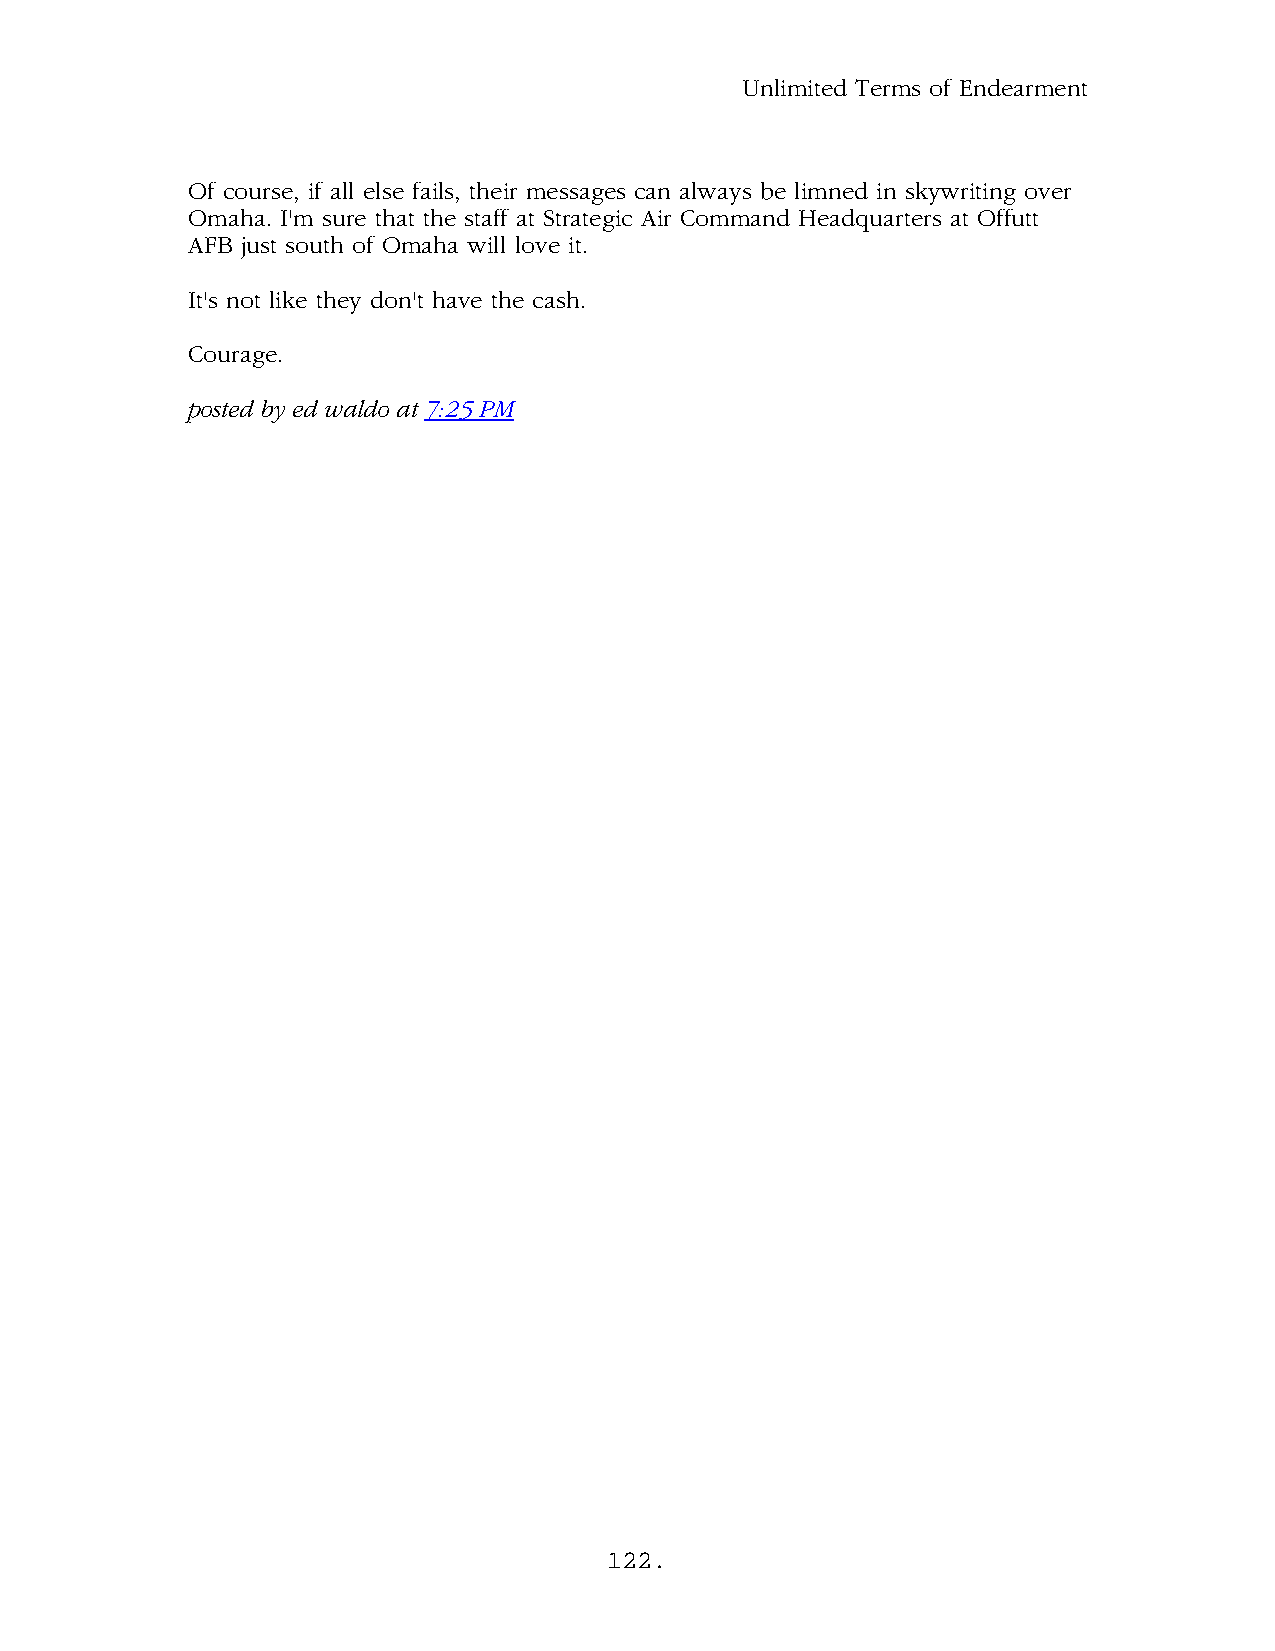
Unlimited Terms of Endearment
 Of course, if all else fails, their messages can always be limned in skywriting over
 Omaha. I'm sure that the staff at Strategic Air Command Headquarters at Offutt
 AFB just south of Omaha will love it.
 It's not like they don't have the cash.
 Courage.
 .
 posted by ed waldo at 7:25 PM
 122.